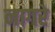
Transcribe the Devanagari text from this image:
नागरे